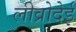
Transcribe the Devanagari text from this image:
लीव्रोदेई